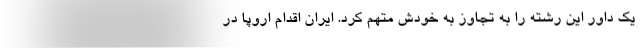
یک داور این رشته را به تجاوز به خودش متهم کرد. ایران اقدام اروپا در